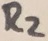
Text: R2